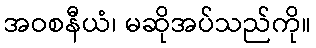
အဝစနီယံ၊ မဆိုအပ်သည်ကို။